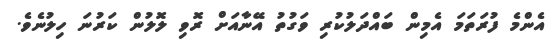
އެންމެ ފުރަތަމަ އެމިން ބައްދަލުކުރި ވަގުތު އޭނާއަށް ރޮވި ލޮލުން ކަރުނަ ހިލުނެވެ.